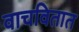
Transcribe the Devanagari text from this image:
वाचवितात